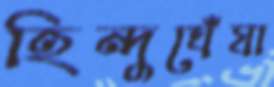
হিন্দুঘেঁষা